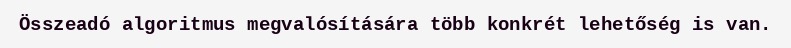
Összeadó algoritmus megvalósítására több konkrét lehetőség is van.